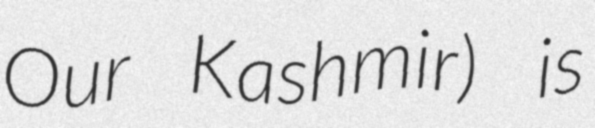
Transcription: Our Kashmir) is